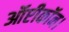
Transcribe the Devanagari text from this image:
ऑप्टीकॉन।